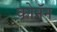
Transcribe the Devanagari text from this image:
कोनॅन